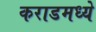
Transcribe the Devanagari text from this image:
कराडमध्ये